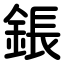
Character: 鋹